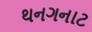
થનગનાટ